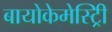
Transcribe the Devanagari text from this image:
बायोकेमेस्ट्रिी